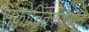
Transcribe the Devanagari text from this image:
संकोचितपणाबद्दल